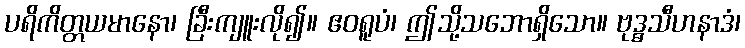
ပရိကိတ္တယမာနော၊ ခြီးကျူးလို၍။ ဧဝရူပံ၊ ဤသို့သဘောရှိသော။ ဗုဒ္ဓသီဟနာဒံ၊